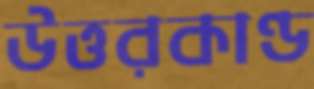
উত্তরকাণ্ড